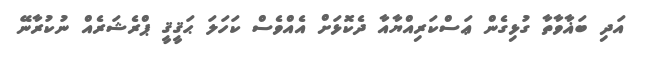
އަދި ބަޣާވާތާ ގުޅިގެން ޢަސްކަރިއްޔާއާ ދެކޮޅަށް އެއްވެސް ކަހަލަ ޙަޤީޤީ ޕްރެޝަރެއް ނުކުރާނޭ